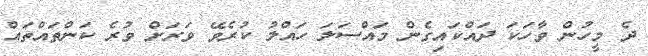
ދެ މީހުން ވާހަކަ ދައްކައިގެން މައްސަލަ ހައްލު ކުރެވޭ ވަރަށް ވުރެ ކަންތައްތައް